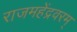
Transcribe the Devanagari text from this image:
राजमहेंद्रवरम्